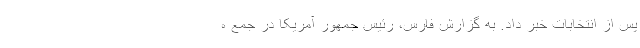
پس از انتخابات خبر داد. به گزارش فارس، رئیس جمهور آمریکا در جمع ه